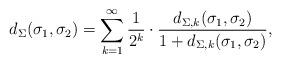
LaTeX: \begin{align*}d_\Sigma(\sigma_1, \sigma_2) = \sum_{k = 1}^\infty \frac{1}{2^k} \cdot \frac{d_{\Sigma, k}(\sigma_1, \sigma_2)}{1 + d_{\Sigma, k}(\sigma_1, \sigma_2)}, \end{align*}